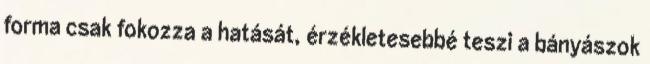
forma csak fokozza a hatását, érzékletesebbé teszi a bányászok